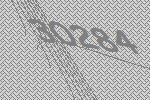
30284